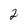
Character: 2